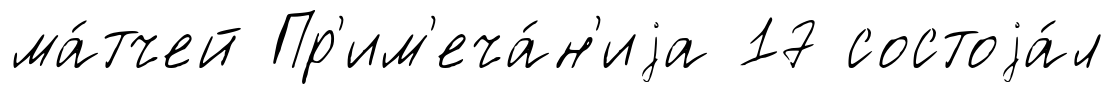
ма́тчей Пр'им'еча́н'иjа 17 состоjа́л